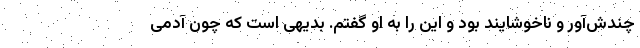
چندش‌آور و ناخوشایند بود و این را به او گفتم. بدیهی است که چون آدمی